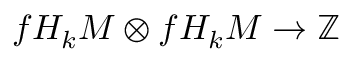
f H _ { k } M \otimes f H _ { k } M \to \mathbb { Z }